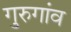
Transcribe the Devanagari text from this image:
गुरुगांव